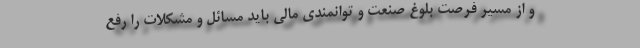
و از مسیر فرصت بلوغ صنعت و توانمندی مالی باید مسائل و مشکلات را رفع